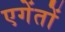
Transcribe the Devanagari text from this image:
एगेंतों